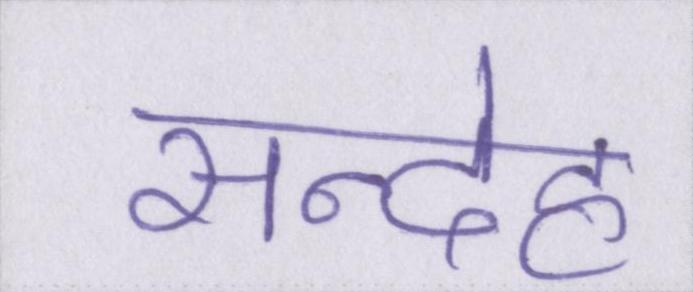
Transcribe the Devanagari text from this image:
सन्देह